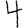
Digit: 4